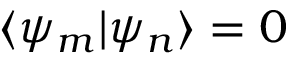
\langle \psi _ { m } | \psi _ { n } \rangle = 0